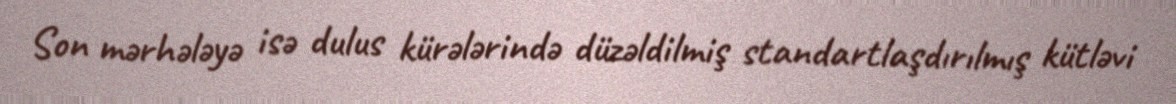
Son mərhələyə isə dulus kürələrində düzəldilmiş standartlaşdırılmış kütləvi